Local science and art examinations and technological examinations, 1912, 1912
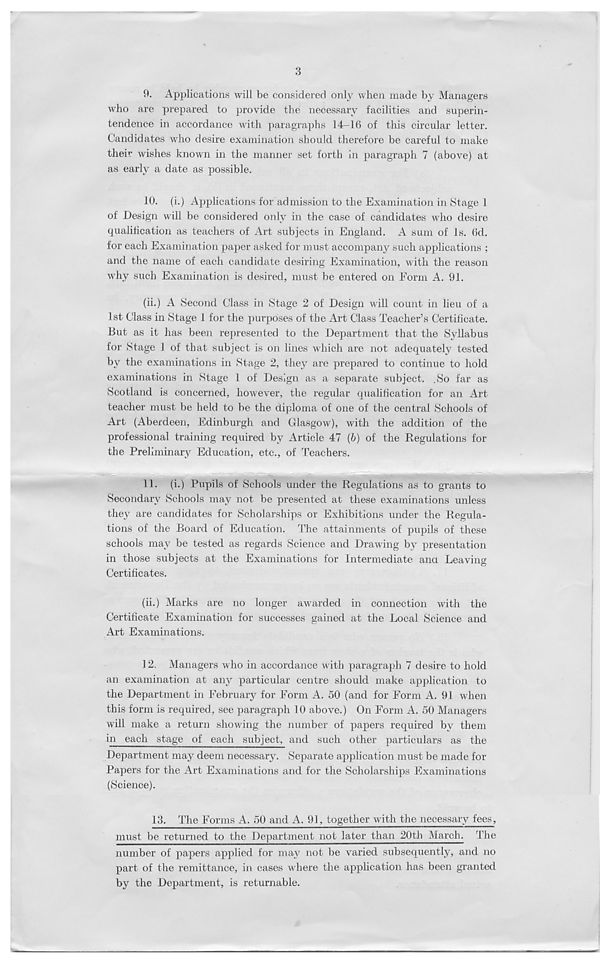
3
9. Applications will be considered only when made by Managers
who are prepared to provide the necessary facilities and superin-
tendence in accordance with paragraphs 14-16 of this circular letter.
Candidates who desire examination should therefore be careful to make
their wishes known in the manner set forth in paragraph 7 (above) at
as early a date as possible.
10. (i.) Applications for admission to the Examination in Stage 1
of Design will be considered only in the case of candidates who desire
qualification as teachers of Art subjects in England. A sum of Is. 6d.
for each Examination paper asked for must accompany such applications ;
and the name of each candidate desiring Examination, with the reason
why such Examination is desired, must be entered on Form A. 91.
(ii.) A Second Class in Stage 2 of Design will count in lieu of a
1st Class in Stage 1 for the purposes of the Art Class Teacher’s Certificate.
But as it has been represented to the Department that the Syllabus
for Stage 1 of that subject is on lines which are not adequately tested
by the examinations in Stage 2, they are prepared to continue to hold
examinations in Stage 1 of Design as a separate subject. .So far as
Scotland is concerned, however, the regular qualification for an Art
teacher must be held to be the diploma of one of the central Schools of
Art (Aberdeen, Edinburgh and Glasgow), with the addition of the
professional training required by Article 47 (6) of the Regulations for
the Preliminary Education, etc., of Teachers.
11. (i.) Pupils of Schools under the Regulations as to grants to
Secondary Schools may not be presented at these examinations unless
they are candidates for Scholarships or Exhibitions under the Regula-
tions of the Board of Education. The attainments of pupils of these
schools may be tested as regards Science and Drawing by presentation
in those subjects at the Examinations for Intermediate ana Leaving
Certificates.
(ii.) Marks are no longer awarded in connection with the
Certificate Examination for successes gained at the Local Science and
Art Examinations.
12. Managers who in accordance with paragraph 7 desire to hold
an examination at any particular centre should make application to
the Department in February for Form A. 50 (and for Form A. 91 when
this form is required, see paragraph 10 above.) On Form A. 50 Managers
will make a return showing the number of papers required by them
in each stage of each subject, and such other particulars as the
Department may deem necessary. Separate application must be made for
Papers for the Art Examinations and for the Scholarships Examinations
(Science).
13.
The Forms A. 50
must be returned to the Department not later than 20th March. The
number of papers applied for may not be varied subsequently, and no
part of the remittance, in cases where the application has been granted
by the Department, is returnable.